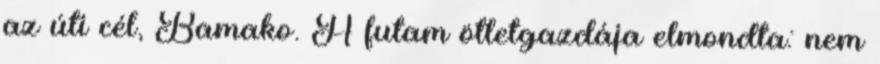
az úti cél, Bamako. A futam ötletgazdája elmondta: nem